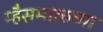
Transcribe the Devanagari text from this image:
म्हैसमाळच्या